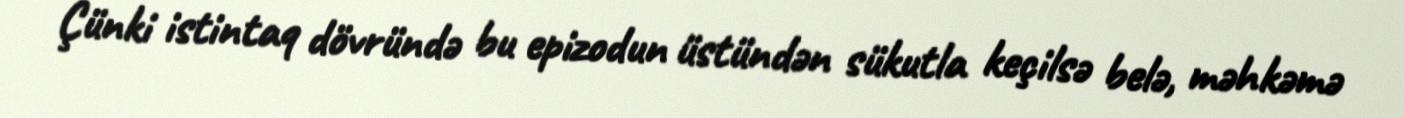
Çünki istintaq dövründə bu epizodun üstündən sükutla keçilsə belə, məhkəmə